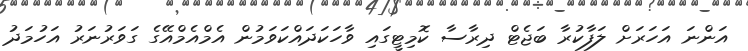
އަންނަ އަހަރަށް ލަފާކުރާ ބަޖެޓް ދިރާސާ ކޮމިޓީގައި ވާހަކަދައްކަވަމުން އެމްއެމްއޭގެ ގަވަރުނަރު އަހުމަދު